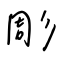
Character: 彫